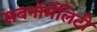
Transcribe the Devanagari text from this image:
सबनॉर्मेलिटी